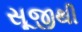
સૂજીથી